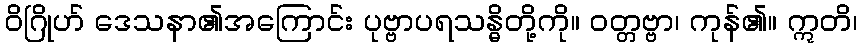
ဝိဂြိုဟ် ဒေသနာ၏အကြောင်း ပုဗ္ဗာပရသန္ဓိတို့ကို။ ဝတ္တဗ္ဗာ၊ ကုန်၏။ ဣတိ၊